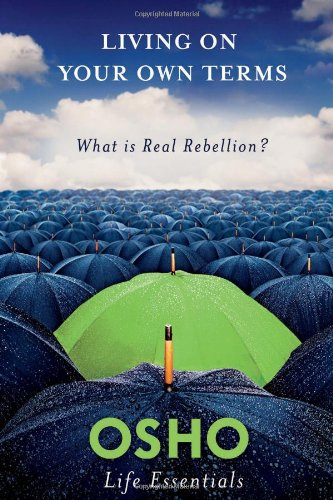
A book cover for Living on Your Own Terms: What Is Real Rebellion? (Osho Life Essentials); Osho; Religion & Spirituality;